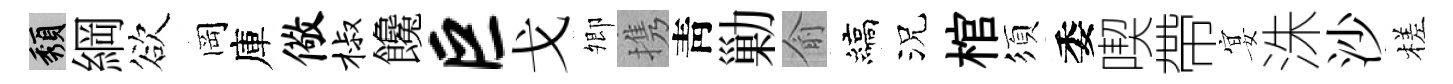
頽綱欲岡庫儆椒饞巨戈𡖖携靑勦俞縞況棺須委喫帶宴洙沙槎